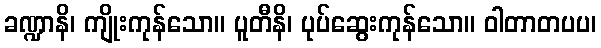
ခဏ္ဍာနိ၊ ကျိုးကုန်သော။ ပူတီနိ၊ ပုပ်ဆွေးကုန်သော။ ဝါတာတပပ၊